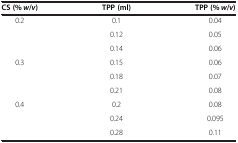
| CS (% w/ v ) | TPP (ml) | TPP (% w/ v ) |
 | --- | --- | --- |
 | <ROWSPAN=3> 0.2 | 0.1 | 0.04 |
 | 0.12 | 0.05 |
 | 0.14 | 0.06 |
 | <ROWSPAN=3> 0.3 | 0.15 | 0.06 |
 | 0.18 | 0.07 |
 | 0.21 | 0.08 |
 | <ROWSPAN=3> 0.4 | 0.2 | 0.08 |
 | 0.24 | 0.095 |
 | 0.28 | 0.11 |